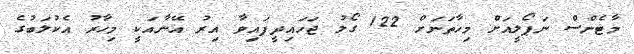
މާޓެންސް ނަޕޯލީއަށް މިހާތަނަށް 122 ގޯލު ޖަހައިދީފައިވާ އިރު އޭނާއަކީ މިހާރު އެކުލަބުގެ